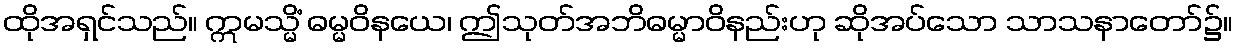
ထိုအရှင်သည်။ ဣမသ္မိံ ဓမ္မဝိနယေ၊ ဤသုတ်အဘိဓမ္မာဝိနည်းဟု ဆိုအပ်သော သာသနာတော်၌။